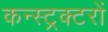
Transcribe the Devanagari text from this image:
कन्स्ट्रक्टरों